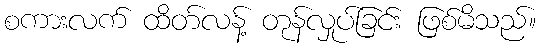
စကားလက် ထိတ်လန့် တုန်လှုပ်ခြင်း ဖြစ်မိသည်။